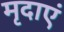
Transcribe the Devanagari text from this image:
मृदाएं